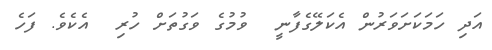
އަދި ހަމަކަށަވަރުން އެކަލޭގެފާނީ  ވުމުގެ ވަގުތަށް ހުރި  އެކެވެ. ފަހެ